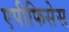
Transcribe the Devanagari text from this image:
एपीफिसेस